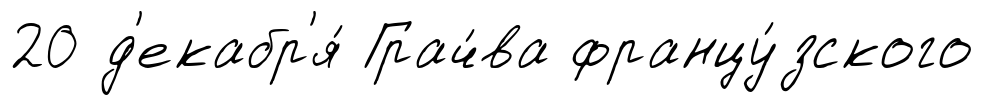
20 д'екабр'я́ Грач́ва францу́зского